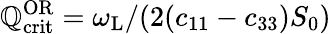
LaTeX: \mathbb{Q}_{\mathrm{{crit}}}^{\mathrm{{OR}}}=\omega_{\mathrm{{L}}}/(2(c_{11}-c_{33})S_{0})